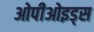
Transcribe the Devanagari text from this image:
ओपीओइड्स